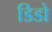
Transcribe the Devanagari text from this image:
डिडो